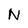
Character: N